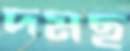
দমছ